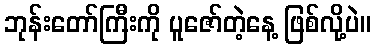
ဘုန်းတော်ကြီးကို ပူဇော်တဲ့နေ့ ဖြစ်လို့ပဲ။